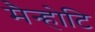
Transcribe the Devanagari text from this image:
मैन्होटि